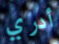
أدري